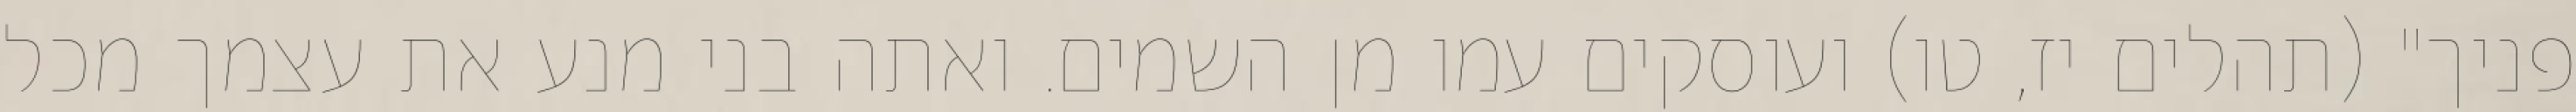
פניך" (תהלים יז, טו) ועוסקים עמו מן השמים. ואתה בני מנע את עצמך מכל